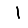
Digit: 1